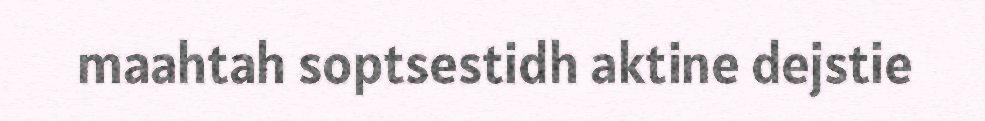
maahtah soptsestidh aktine dejstie